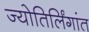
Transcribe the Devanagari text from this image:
ज्योतिर्लिंगांत